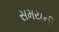
સમયની